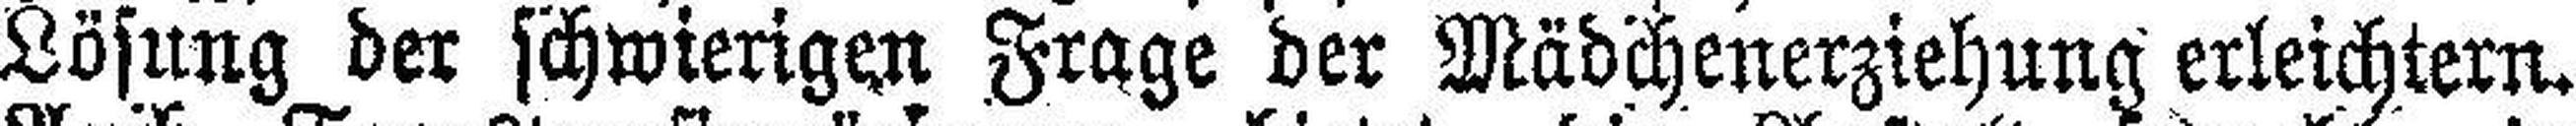
Lösung der schwierigen Frage der Mädchenerziehung erleichtern.